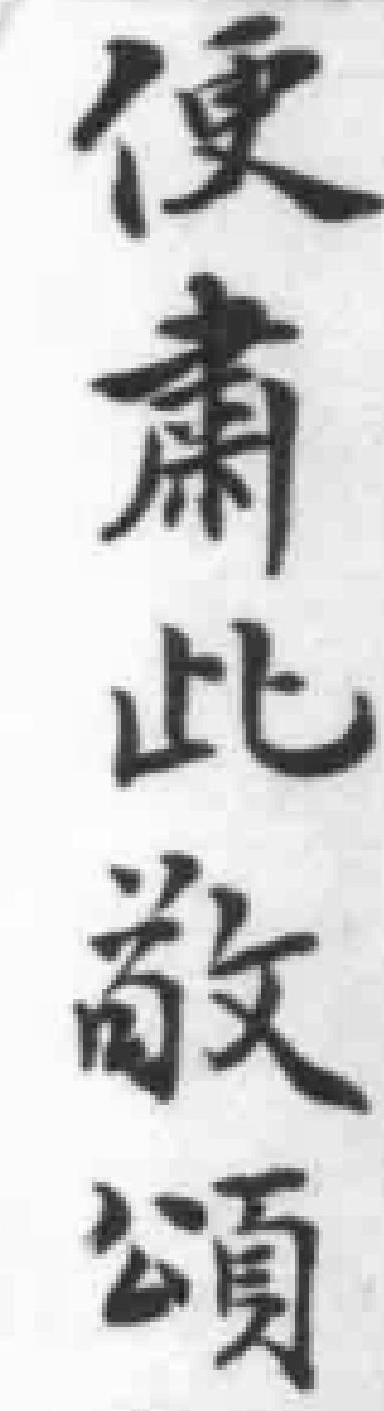
便肅此敬頌